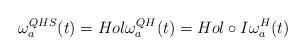
LaTeX: \begin{align*}\omega_{a}^{QHS}(t)=Hol \omega_{a}^{QH}(t)= Hol \circ I \omega_{a}^{H}(t)\end{align*}